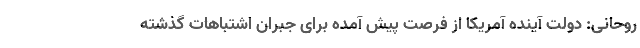
روحانی: دولت آینده آمریکا از فرصت پیش آمده برای جبران اشتباهات گذشته